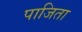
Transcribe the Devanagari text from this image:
पाजिता